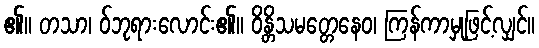
၏။ တသာ၊ ဝ်ဘုရားလောင်း၏။ ဝိန္တိသမတ္တေနေဝ၊ ကြန်ကာမှုဖြင့်လျှင်။